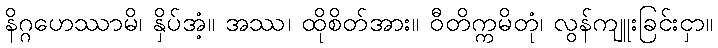
နိဂ္ဂဟေဿာမိ၊ နှိပ်အံ့။ အဿ၊ ထိုစိတ်အား။ ဝီတိက္ကမိတုံ၊ လွန်ကျူးခြင်းငှာ။